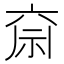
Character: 𮁶